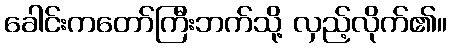
ခေါင်းကတော်ကြီးဘက်သို့ လှည့်လိုက်၏။